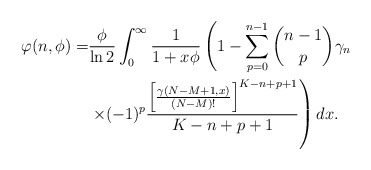
\begin{align*}\varphi(n,\phi) =&\frac{\phi}{\ln 2}\int^{\infty}_{0} \frac{1}{1+x\phi}\left(1-\sum^{n-1}_{p=0}{n-1 \choose p}\gamma_n\right.\\ &\left. \times (-1)^p \frac{\left[\frac{\gamma(N-M+1,x)}{(N-M)!} \right]^{K-n+p+1}}{K-n+p+1}\right) dx.\end{align*}